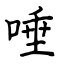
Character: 唾